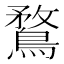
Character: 鶩